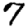
Digit: 7